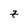
Character: z